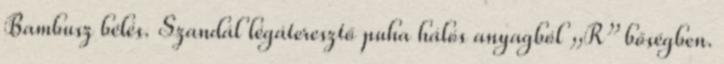
Bambusz bélés. Szandál légáteresztő puha hálós anyagból „R” bőségben.